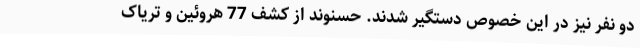
دو نفر نیز در این خصوص دستگیر شدند. حسنوند از کشف 77 هروئین و تریاک